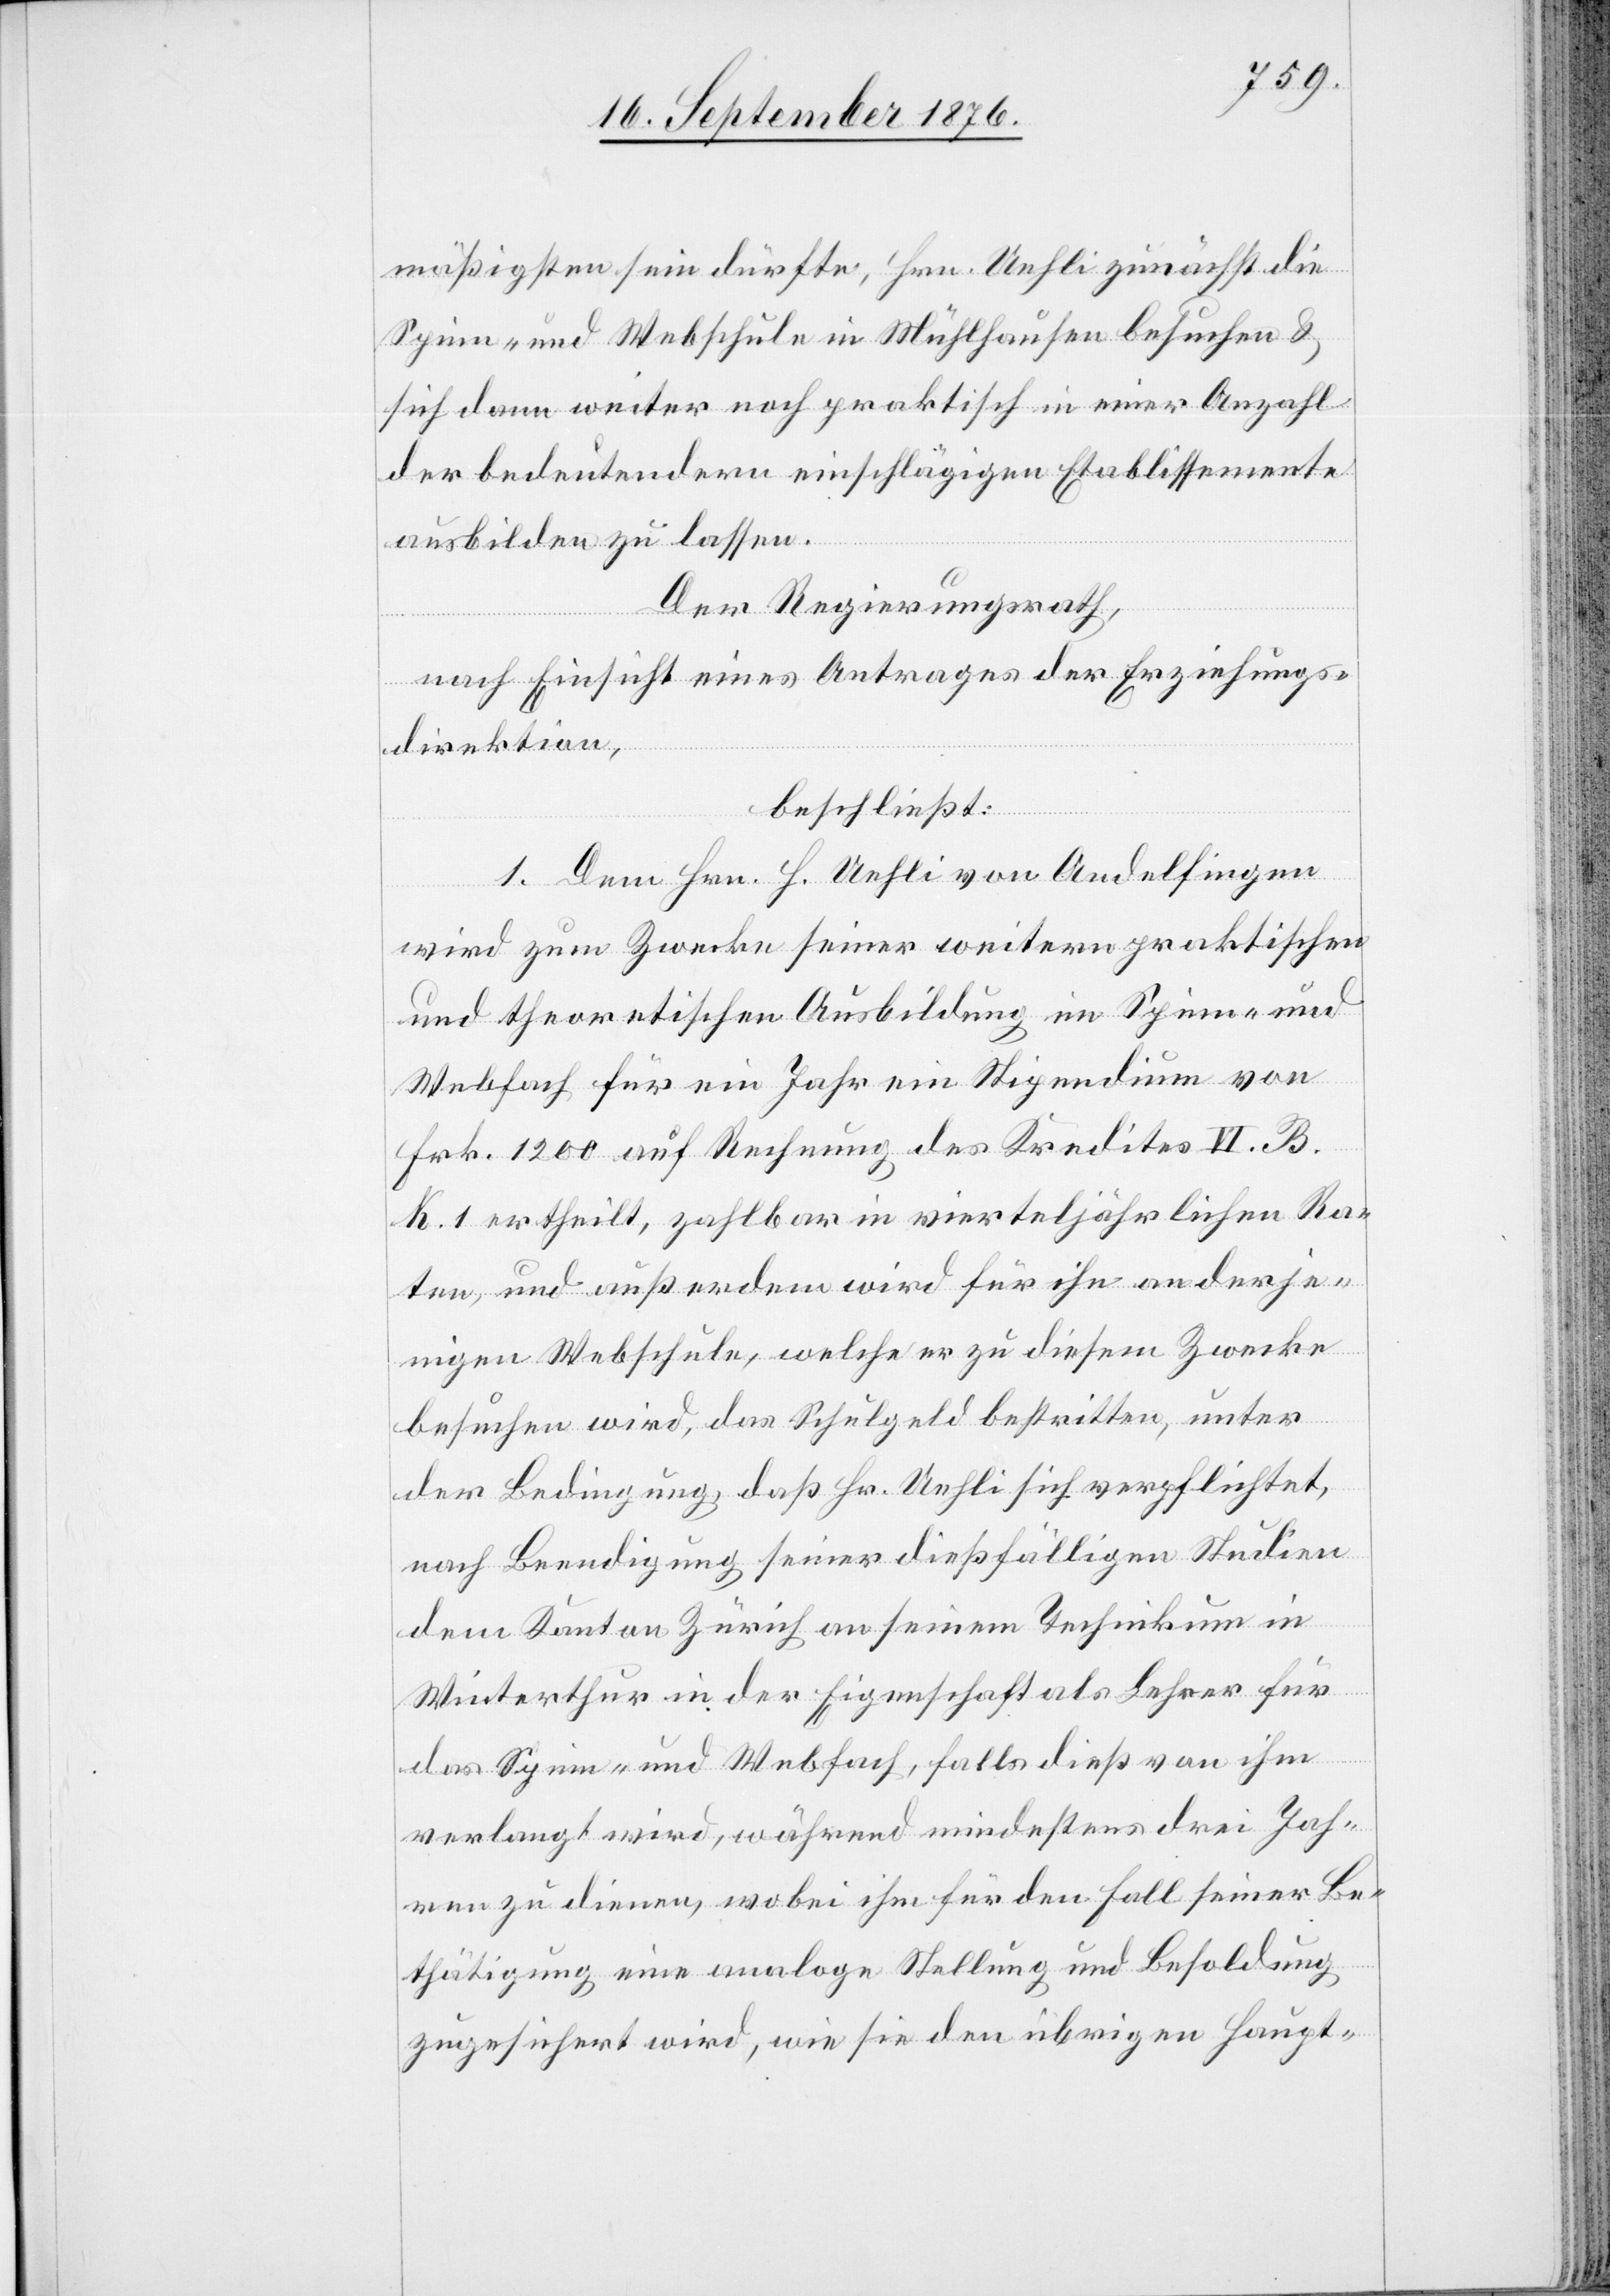
mäßigsten sein dürfte, Hrn. Uehli zunächst die
Spinn- und Webschule in Mühlhausen besuchen &
sich dann weiter noch praktisch in einer Anzahl
der bedeutendern einschlägigen Etablissemente
ausbilden zu lassen.
Der Regierungsrath,
nach Einsicht eines Antrages der Erziehungs¬
direktion,
beschließt:
1. Dem Hrn. H. Uehli von Andelfingen
wird zum Zwecke seiner weitern praktischen
und theoretischen Ausbildung im Spinn- und
Webfach für ein Jahr ein Stipendium von
Frk. 1200 auf Rechnung des Kredites VI. B.
K. 1 ertheilt, zahlbar in vierteljährlichen Ra¬
ten, und außerdem wird für ihn an derje¬
nigen Webschule, welche er zu diesem Zwecke
besuchen wird, das Schulgeld bestritten, unter
der Bedingung, daß Hr. Uehli sich verpflichtet,
nach Beendigung seiner dießfälligen Studien
dem Kanton Zürich an seinem Technikum in
Winterthur in der Eigenschaft als Lehrer für
das Spinn- und Webfach, falls dieß von ihm
verlangt wird, während mindestens drei Jah¬
ren zu dienen, wobei ihm für den Fall seiner Bes¬
tätigung eine analoge Stellung und Besoldung
zugesichert wird, wie sie den übrigen Haupt-